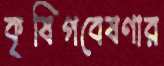
কৃষিগবেষণার